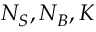
N _ { S } , N _ { B } , K